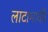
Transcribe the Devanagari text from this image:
लाटामाकी